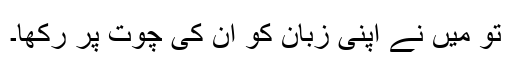
تو میں نے اپنی زبان کو ان کی چوت پر رکھا۔